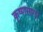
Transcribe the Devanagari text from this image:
कृष्णसागर